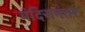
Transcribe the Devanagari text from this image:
मंदिरानंतर